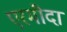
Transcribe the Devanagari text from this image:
एरमीदा